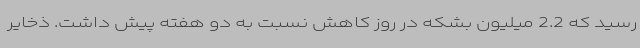
رسید که 2.2 میلیون بشکه در روز کاهش نسبت به دو هفته پیش داشت. ذخایر